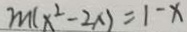
m ( x ^ { 2 } - 2 x ) = 1 - x